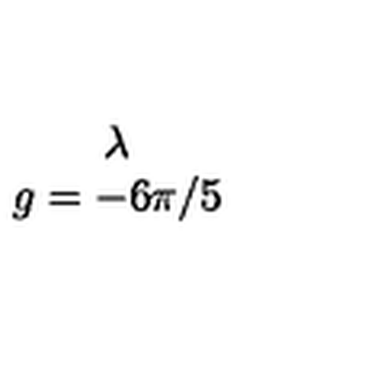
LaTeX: \begin{array} { c } { \lambda } \\ { g = - 6 \pi / 5 } \\ \end{array}